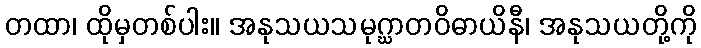
တထာ၊ ထိုမှတစ်ပါး။ အနုသယသမုဂ္ဃာတဝိဓာယိနီ၊ အနုသယတို့ကို